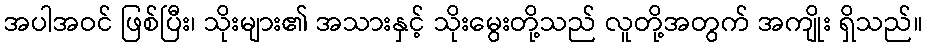
အပါအဝင် ဖြစ်ပြီး၊ သိုးများ၏ အသားနှင့် သိုးမွေးတို့သည် လူတို့အတွက် အကျိုး ရှိသည်။